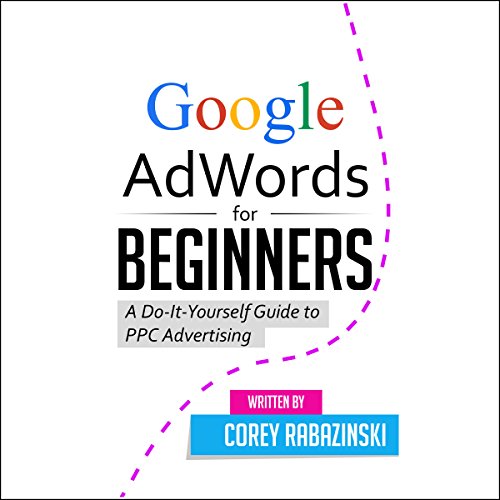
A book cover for Google AdWords for Beginners: A Do-It-Yourself Guide to PPC Advertising; Corey Rabazinski; Computers & Technology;